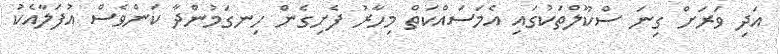
އަދި ވަރަށް ގިނަ ސްކޫލްތަކުގައި އެމަސައްކަތް މިހާރު ފެށިގެން ހިނގަމުންދާ ކަންވެސް އުފަލާއެކު